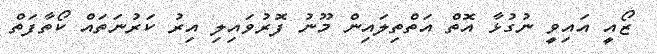
ޒޯއީ އައިވީ ނުގުޅާ އޮތް އަތްތިލައިން މޫނު ފޮރުވައިލި އިރު ކަރުނަތައް ކޯތާފަތް